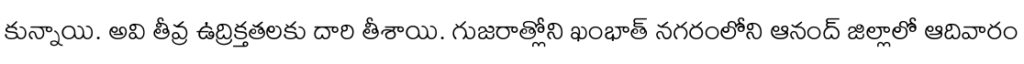
కున్నాయి. అవి తీవ్ర ఉద్రిక్తతలకు దారి తీశాయి. గుజరాత్లోని ఖంభాత్ నగరంలోని ఆనంద్ జిల్లాలో ఆదివారం